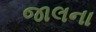
જાલના